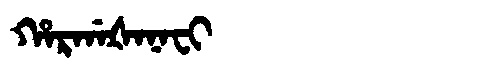
Manchu: ᡥᠠᡵᡤᠠᡧᠠᠨᠠᠸᡳ
Romanization: HARGAŠANAFI